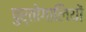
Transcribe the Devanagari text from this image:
पुर्तोगालियों